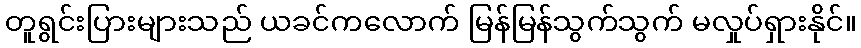
တူရွင်းပြားများသည် ယခင်ကလောက် မြန်မြန်သွက်သွက် မလှုပ်ရှားနိုင်။